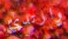
وارتدي